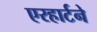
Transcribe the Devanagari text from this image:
एरहार्टने